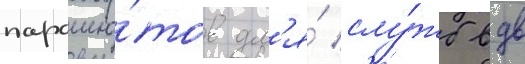
парашю́тов дл'я́ слу́жб вдв